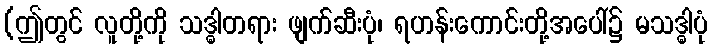
(ဤတွင် လူတို့ကို သဒ္ဓါတရား ဖျက်ဆီးပုံ၊ ရဟန်းကောင်းတို့အပေါ်၌ မသဒ္ဓါပုံ